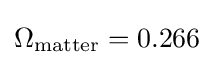
\Omega _{\rm {matter}}=0.266